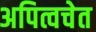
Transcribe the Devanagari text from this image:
अपित्वचेत